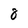
Character: 8